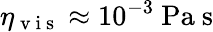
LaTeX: \eta_{\mathrm{~v~i~s~}}\approx 10^{-3}~\mathrm{Pa}~\mathrm{s}